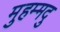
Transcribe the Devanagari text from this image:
मुहम्मदु